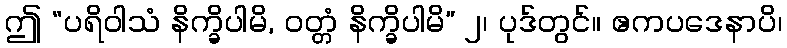
ဤ “ပရိဝါသံ နိက္ခိပါမိ, ဝတ္တံ နိက္ခိပါမိ” ၂၊ ပုဒ်တွင်။ ဧကပဒေနာပိ၊